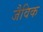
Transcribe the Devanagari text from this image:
जैविक